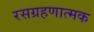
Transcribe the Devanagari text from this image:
रसग्रहणात्मक